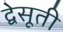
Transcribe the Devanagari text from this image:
द्वेसूती